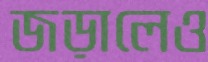
জড়ালেও